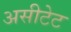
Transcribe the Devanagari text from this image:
असीटेट